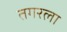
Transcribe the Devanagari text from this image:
तगरला